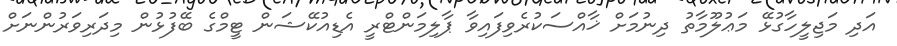
އަދި މަޖިލީހާގުޅޭ މަޢުލޫމާތު ދިނުމަށް ޚާއްސަކުރެވިފައިވާ ޕާލިމަންޓްރީ އެޑިއުކޭޝަން ޓީމްގެ ބޭފުޅުން މިދަރިވަރުންނަށް